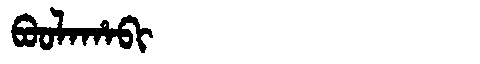
Manchu: ᠪᠣᠣᠯᠠᡥᠠᠪᡳ
Romanization: BOOLAHABI